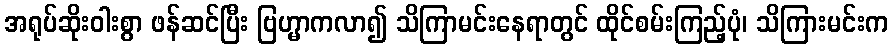
အရုပ်ဆိုးဝါးစွာ ဖန်ဆင်ပြီး ဗြဟ္မာကလာ၍ သိကြာမင်းနေရာတွင် ထိုင်စမ်းကြည့်ပုံ၊ သိကြားမင်းက